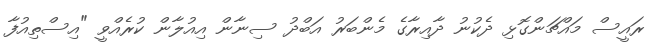
ރައީސް މައްޗަންގޮޅި ދެކުނު ދާއިރާގެ މެންބަރު އަބްދު ސިނާން އިއުލާން ކުރެއްވީ "އިސްތިއުފާ